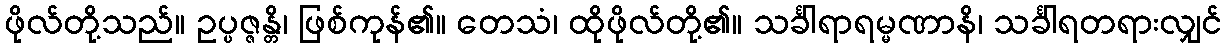
ဖိုလ်တို့သည်။ ဥပ္ပဇ္ဇန္တိ၊ ဖြစ်ကုန်၏။ တေသံ၊ ထိုဖိုလ်တို့၏။ သင်္ခါရာရမ္မဏာနိ၊ သင်္ခါရတရားလျှင်